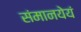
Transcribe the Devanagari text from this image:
संमानयेयं